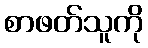
စာဖတ်သူကို